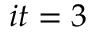
i t = 3